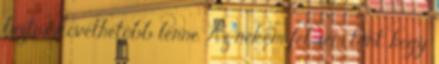
biztos követhetőbb lenne. Az nekem fel sem tűnt, hogy